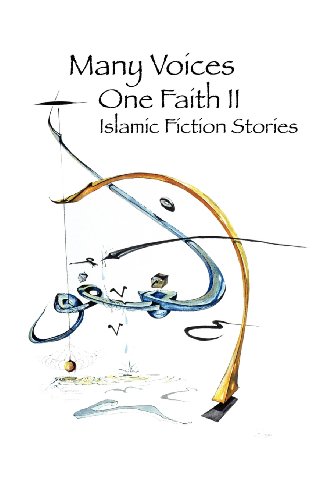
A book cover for Many Voices, One Faith II - Islamic Fiction Stories; Religion & Spirituality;